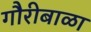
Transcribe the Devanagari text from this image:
गौरीबाळा